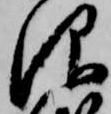
仰